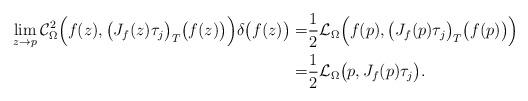
LaTeX: \begin{align*} \lim_{z\rightarrow p}\mathcal{C}_{\Omega}^2\Big(f(z), \big(J_f(z)\tau_j\big)_T\big(f(z)\big)\Big)\delta\big(f(z)\big) =&\frac12\mathcal{L}_{\Omega}\Big(f(p), \big(J_f(p)\tau_j\big)_T\big(f(p)\big)\Big)\\ = &\frac12\mathcal{L}_{\Omega}\big(p, J_f(p)\tau_j\big). \end{align*}